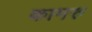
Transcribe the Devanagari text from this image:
कामरु